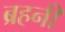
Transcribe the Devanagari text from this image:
ब्रहनी